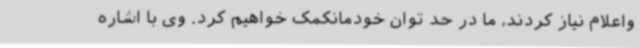
واعلام نیاز کردند، ما در حد توان خودمانکمک خواهیم کرد. وی با اشاره